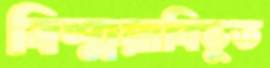
বিস্ময়াবিভূত